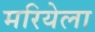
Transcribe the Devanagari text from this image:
मरियेला